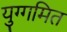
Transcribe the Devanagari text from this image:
युग्गमित